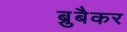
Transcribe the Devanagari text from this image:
ब्रुबैकर